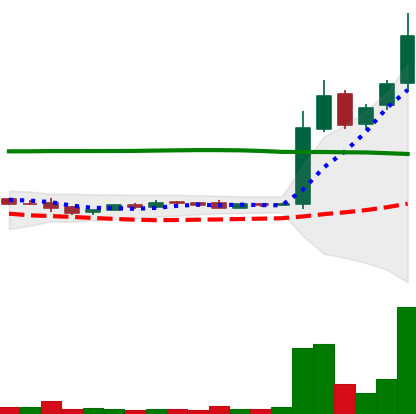
Ticker: LTC-USD
Chart end date: 2015-11-03
Forward return: -25.507%
Label: down_7plus